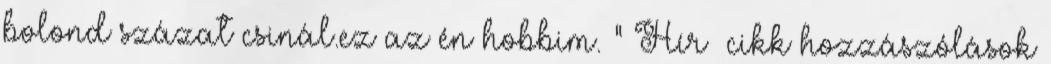
bolond százat csinál.ez az én hobbim. " Hír cikk hozzászólások